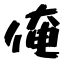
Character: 俺